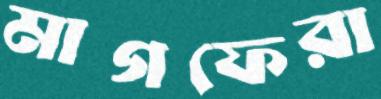
মাগফেরা